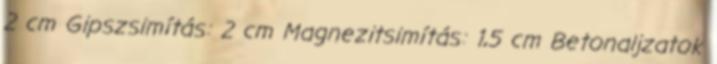
2 cm Gipszsimítás: 2 cm Magnezitsimítás: 1,5 cm Betonaljzatok